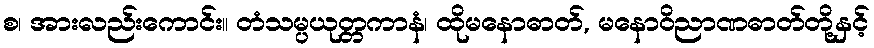
စ၊ အားလည်းကောင်း။ တံသမ္ပယုတ္တကာနံ၊ ထိုမနောဓာတ်, မနောဝိညာဏဓာတ်တို့နှင့်